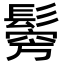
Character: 𩮇